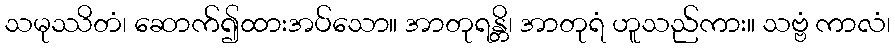
သမုဿိတံ၊ ဆောက်၍ထားအပ်သော။ အာတုရန္တိ၊ အာတုရံ ဟူသည်ကား။ သဗ္ဗံ ကာလံ၊